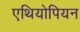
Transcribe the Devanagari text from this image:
एथियोपियन